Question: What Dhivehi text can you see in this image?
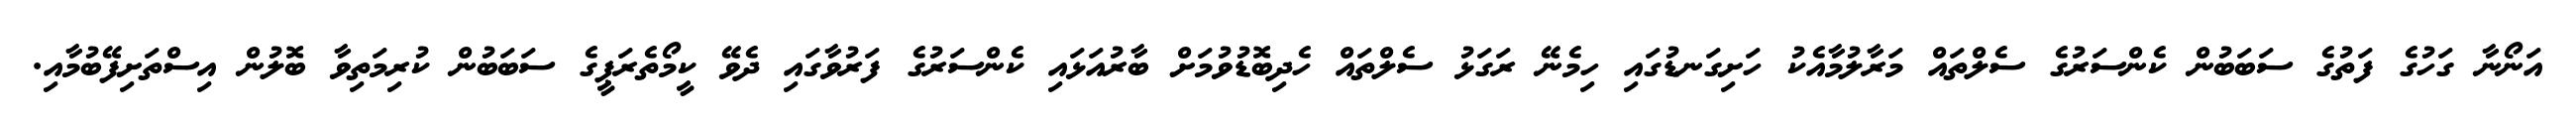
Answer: އަނޯނާ ގަހުގެ ފަތުގެ ސަބަބުން ކެންސަރުގެ ސެލްތައް މަރާލުމާއެކު ހަށިގަނޑުގައި ހިމެނޭ ރަގަޅު ސެލްތައް ހެދިބޮޑުވުމަށް ބާރުއަޅައި ކެންސަރުގެ ފަރުވާގައި ދެވޭ ކީމޯތެރަޕީގެ ސަބަބުން ކުރިމަތިވާ ބޮލުން އިސްތަށިފޭބުމާއި.